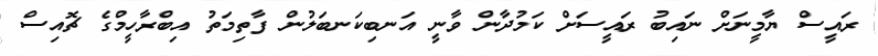
ރައީސް ޔާމީނަށް ނައިބު ރައީސަށް ކަމުދާން ވާނީ އަނބިކަނބަލުން ފާތިމަތު އިބްރާހީމްގެ ޗޮއިސް